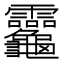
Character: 𪛈